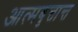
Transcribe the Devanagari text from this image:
आत्मबृत्तान्त